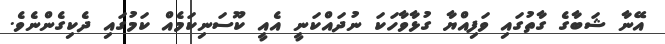
އޭނާ ޝަބާގެ ގާތުގައި ވަފިއްޔާ ގުޅާވާހަކަ ނުދައްކަނީ އެއީ ކޫސަނިކަމެއް ކަމުގައި ދެކިގެންނެވެ.